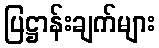
ပြဋ္ဌာန်းချက်များ